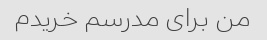
من برای مدرسم خریدم